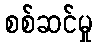
စစ်ဆင်မှု